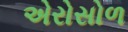
એરોસોળ